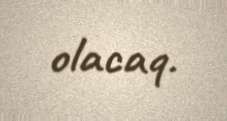
olacaq.